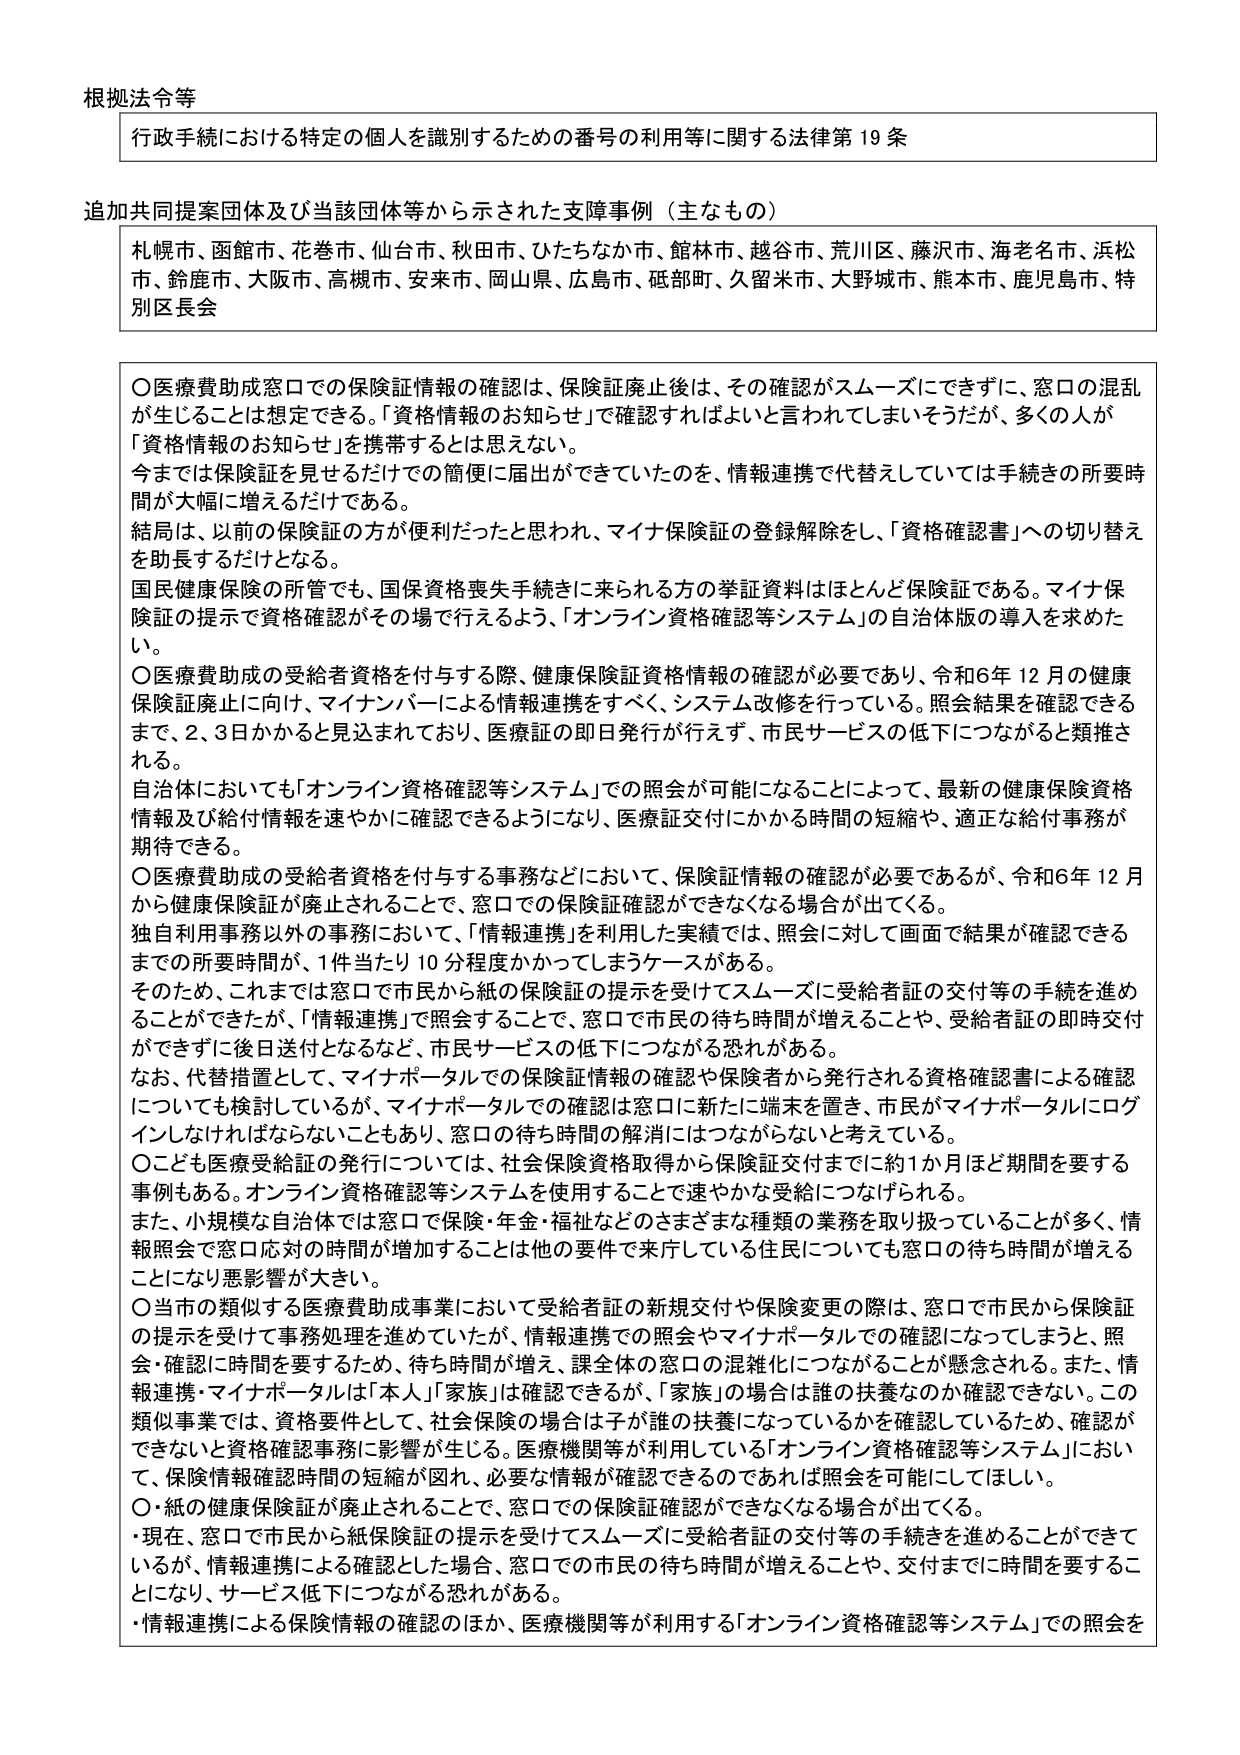
根拠法令等
行政手続における特定の個人を識別するための番号の利用等に関する法律第19条

追加共同提案団体及び当該団体等から示された支援事例（主なもの）
札幌市、函館市、花巻市、仙台市、秋田市、ひたちなか市、館林市、越谷市、荒川区、藤沢市、海老名市、浜松市、鈴鹿市、大阪市、高槻市、安来市、岡山県、広島市、砥部町、久留米市、大野城市、熊本市、鹿児島市、特別区長会

〇医療費助成窓口での保険証情報の確認は、保険証廃止後は、その確認がスムーズにできずに、窓口の混乱が生じることは想定できる。「資格情報のお知らせ」で確認すればよいと言われてしまいそうだが、多くの人が「資格情報のお知らせ」を携帯するとは思えない。
今までは保険証を見せるだけでの簡便に届出ができていたのを、情報連携で代替えしていっては手続きの所要時間が大幅に増えるだけである。
結局は、以前の保険証の方が便利だったと思われ、マイナ保険証の登録解除をし、「資格確認書」への切り替えを助長するだけとなる。
国民健康保険の所管でも、国保資格喪失手続きに来られる方の挙証資料はほとんど保険証である。マイナ保険証の提示で資格確認がその場で行えるよう、「オンライン資格確認等システム」の自治体版の導入を求めたい。
〇医療費助成の受給者資格を付与する際、健康保険証資格情報の確認が必要であり、令和6年12月の健康保険証廃止に向け、マイナンバーによる情報連携をすべく、システム改修を行っている。照会結果を確認できるまで、2、3日かかると見込まれており、医療証の即日発行が行えず、市民サービスの低下につながると類推される。
自治体においても「オンライン資格確認等システム」での照会が可能になることによって、最新の健康保険資格情報及び給付情報を速やかに確認できるようになり、医療証交付にかかる時間の短縮や、適正な給付事務が期待できる。
〇医療費助成の受給者資格を付与する事務などにおいて、保険証情報の確認が必要であるが、令和6年12月から健康保険証が廃止されることで、窓口での保険証確認ができなくなる場合が出てくる。
独自利用事務以外の事務において、「情報連携」を利用した実績では、照会に対して画面で結果が確認できるまでの所要時間が、1件当たり10分程度かかってしまうケースがある。
そのため、これまでは窓口で市民から紙の保険証の提示を受けてスムーズに受給者証の交付等の手続を進めることができたが、「情報連携」で照会することで、窓口で市民の待ち時間が増えることや、受給者証の即時交付ができずに後日送付となるなど、市民サービスの低下につながる恐れがある。
なお、代替措置として、マイナポータルでの保険証情報の確認や保険者から発行される資格確認書による確認についても検討しているが、マイナポータルでの確認は窓口に新たに端末を置き、市民がマイナポータルにログインしなければならないこともあり、窓口の待ち時間の解消にはつながらないと考えている。
〇こども医療受給証の発行については、社会保険資格取得から保険証交付までに約1か月ほど期間を要する事例もある。オンライン資格確認等システムを使用することで速やかな受給につなげられる。
また、小規模な自治体では窓口で保険・年金・福祉などのさまざまな種類の業務を取り扱っていることが多く、情報照会で窓口応対の時間が増加することは他の要件で来庁している住民についても窓口の待ち時間が増えることになり悪影響が大きい。
〇当市の類似する医療費助成事業において受給者証の新規交付や保険変更の際は、窓口で市民から保険証の提示を受けて事務処理を進めていたが、情報連携での照会やマイナポータルでの確認になってしまうと、照会・確認に時間を要するため、待ち時間が増え、課全体の窓口の混雑化につながることが懸念される。また、情報連携・マイナポータルは「本人」「家族」は確認できるが、「家族」の場合は誰の扶養なのか確認できない。この類似事業では、資格要件として、社会保険の場合は子が誰の扶養になっているかを確認しているため、確認ができないと資格確認事務に影響が生じる。医療機関等が利用している「オンライン資格確認等システム」において、保険情報確認時間の短縮が図れ、必要な情報が確認できるのであれば照会を可能にしてほしい。
〇・紙の健康保険証が廃止されることで、窓口での保険証確認ができなくなる場合が出てくる。
・現在、窓口で市民から紙保険証の提示を受けてスムーズに受給者証の交付等の手続を進めることができているが、情報連携による確認とした場合、窓口での市民の待ち時間が増えることや、交付までに時間を要することになり、サービス低下につながる恐れがある。
・情報連携による保険情報の確認のほか、医療機関等が利用する「オンライン資格確認等システム」での照会を